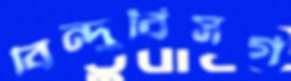
বিন্দুবিসর্গ